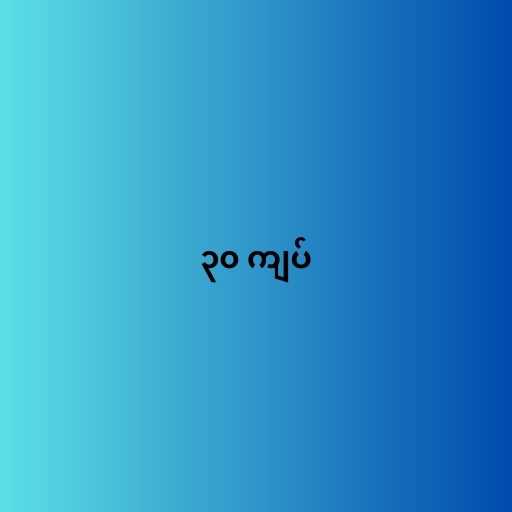
၃၀ ကျပ်